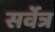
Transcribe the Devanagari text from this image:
सर्वेत्र